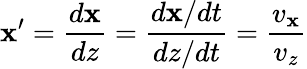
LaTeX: \mathbf{x}^{\prime}=\frac{{d\mathbf{x}}}{{dz}}=\frac{{d\mathbf{x}/dt}}{{dz/dt}}=\frac{{v_{\mathbf{x}}}}{{v_{z}}}